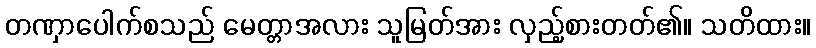
တဏှာပေါက်စသည် မေတ္တာအလား သူမြတ်အား လှည့်စားတတ်၏။ သတိထား။